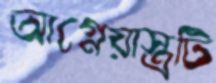
আগ্নেয়াস্ত্রটি